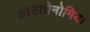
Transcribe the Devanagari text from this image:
आउतोनोमिया